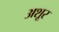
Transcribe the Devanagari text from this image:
अशूर